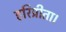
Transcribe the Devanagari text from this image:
हरिप्रीता।